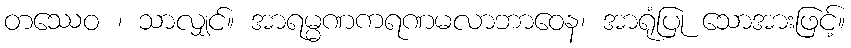
တဿေဝ ၊ သာလျှင်။ အာရမ္မဏကရဏမလာဘာဝေန၊ အာရုံပြု သောအားဖြင့်။